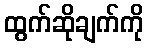
ထွက်ဆိုချက်ကို